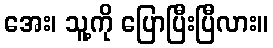
အေး၊ သူ့ကို ပြောပြီးပြီလား။